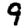
Digit: 9